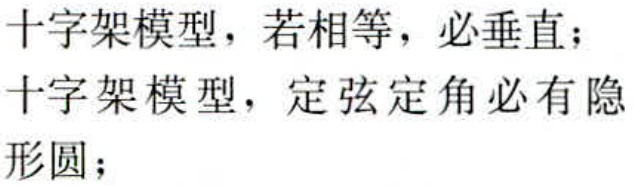
十字架模型，若相等，必垂直；
十字架模型，定弦定角必有隐
形圆；